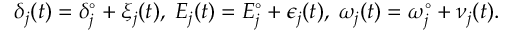
\delta _ { j } ( t ) = \delta _ { j } ^ { \circ } + \xi _ { j } ( t ) , \; E _ { j } ( t ) = E _ { j } ^ { \circ } + \epsilon _ { j } ( t ) , \; \omega _ { j } ( t ) = \omega _ { j } ^ { \circ } + \nu _ { j } ( t ) .